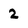
Character: 2